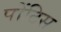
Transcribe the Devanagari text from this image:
पोंटिस